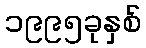
၁၉၉၅ခုနှစ်